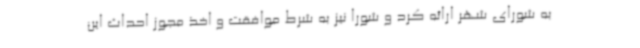
به شورای شهر ارائه کرد و شورا نیز به شرط موافقت و اخذ مجوز احداث این